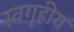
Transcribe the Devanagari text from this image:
स्वगृहीय